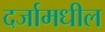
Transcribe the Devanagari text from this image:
दर्जामधील